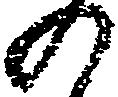
の